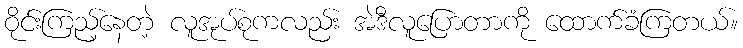
ဝိုင်းကြည့်နေတဲ့ လူအုပ်စုကလည်း အဲဒီလူပြောတာကို ထောက်ခံကြတယ်။